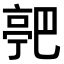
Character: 𬽗